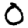
Digit: 0